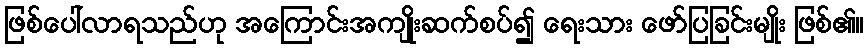
ဖြစ်ပေါ်လာရသည်ဟု အကြောင်းအကျိုးဆက်စပ်၍ ရေးသား ဖော်ပြခြင်းမျိုး ဖြစ်၏။